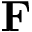
\mathbf { F }